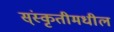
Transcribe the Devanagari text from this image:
स्ंस्कृतीमधील